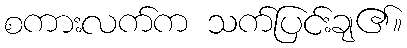
စကားလက်က သက်ပြင်းချ၏။